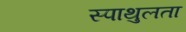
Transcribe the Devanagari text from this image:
स्पाथुलता